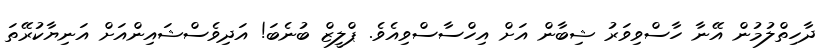
ދާހިތްލުމުން އޭނާ ހާސްވިވަރު ޝިބާން އަށް އިހްސާސްވިއެވެ. ޕްލީޒް ބުނެބަ! އަދިވެސްޝައިންއަށް އަނިޔާކުރޭތަ